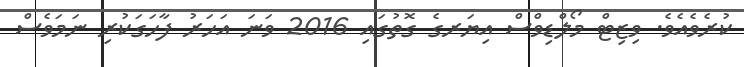
ކުރެވެއެވެ. ވިޒިޓް މޯލްޑިވްސް އިޔަރގެ ގޮތުގައި 2016 ވަނަ އަހަރު ފާހަގަކުރި ނަމަވެސް